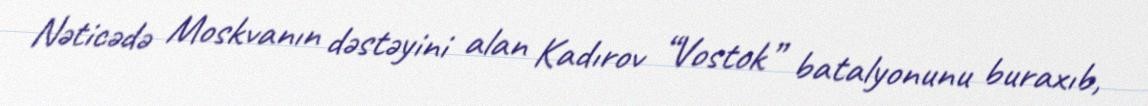
Nəticədə Moskvanın dəstəyini alan Kadırov “Vostok” batalyonunu buraxıb,